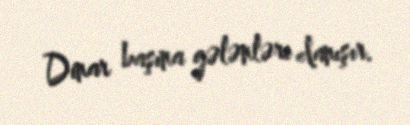
Dinar başına gələnləri danışır.